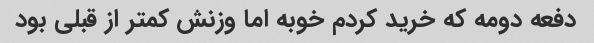
دفعه دومه که خرید کردم خوبه اما وزنش کمتر از قبلی بود